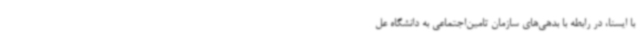
با ایسنا، در رابطه با بدهی‌های سازمان تامین‌اجتماعی به دانشگاه عل